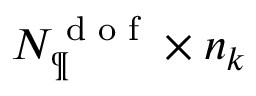
N _ { \P } ^ { \textrm { d o f } } \times n _ { k }